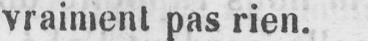
vraiment pas rien.